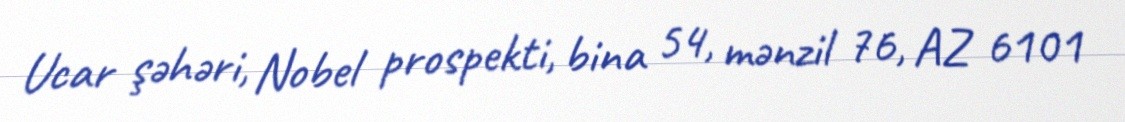
Ucar şəhəri, Nobel prospekti, bina 54, mənzil 76, AZ 6101